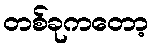
တစ်ခုကတော့